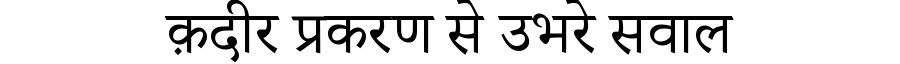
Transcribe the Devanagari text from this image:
क़दीर प्रकरण से उभरे सवाल